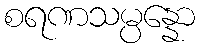
စရဏသမ္ပန္နော